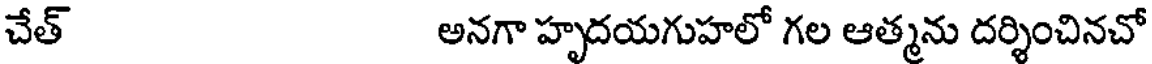
చేత్ అనగా హృదయగుహలో గల ఆత్మను దర్శించినచో